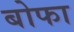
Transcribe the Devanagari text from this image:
बोफा